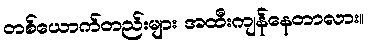
တစ်ယောက်တည်းများ အထီးကျန်နေတာလား။